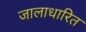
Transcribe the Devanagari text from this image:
जालाधारित